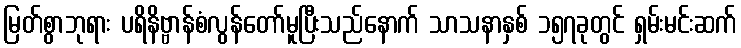
မြတ်စွာဘုရား ပရိနိဗ္ဗာန်စံလွန်တော်မူပြီးသည်နောက် သာသနာနှစ် ၁၅၇ခုတွင် ရှမ်းမင်းဆက်